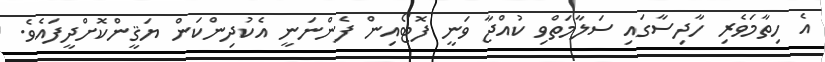
އެ ހިތާމަވެރި ހާދިސާގައި ސަލާމަތްވި ކުއްޖާ ވަނީ ފޮޓޯއިން ފެންނަނީ އެކުދިންކަން ޔަޤީންކޮށްދީފައެވެ.